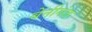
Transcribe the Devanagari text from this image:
बेनीगंज